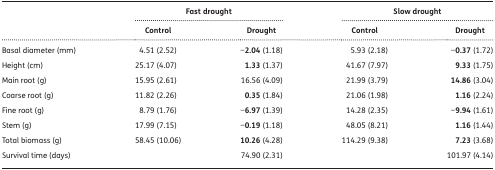
<table><thead><tr><td rowspan="2"></td><td colspan="2"><b>Fast drought</b></td><td colspan="2"><b>Slow drought</b></td></tr><tr><td><b>Control</b></td><td><b>Drought</b></td><td><b>Control</b></td><td><b>Drought</b></td></tr></thead><tbody><tr><td>Basal diameter (mm)</td><td>4.51 (2.52)</td><td>−<b>2.04</b> (1.18)</td><td>5.93 (2.18)</td><td>−<b>0.37</b> (1.72)</td></tr><tr><td>Height (cm)</td><td>25.17 (4.07)</td><td><b>1.33</b> (1.37)</td><td>41.67 (7.97)</td><td><b>9.33</b> (1.75)</td></tr><tr><td>Main root (g)</td><td>15.95 (2.61)</td><td>16.56 (4.09)</td><td>21.99 (3.79)</td><td><b>14.86</b> (3.04)</td></tr><tr><td>Coarse root (g)</td><td>11.82 (2.26)</td><td><b>0.35</b> (1.84)</td><td>21.06 (1.98)</td><td><b>1.16</b> (2.24)</td></tr><tr><td>Fine root (g)</td><td>8.79 (1.76)</td><td>−<b>6.97</b> (1.39)</td><td>14.28 (2.35)</td><td>−<b>9.94</b> (1.61)</td></tr><tr><td>Stem (g)</td><td>17.99 (7.15)</td><td>−<b>0.19</b> (1.18)</td><td>48.05 (8.21)</td><td><b>1.16</b> (1.44)</td></tr><tr><td>Total biomass (g)</td><td>58.45 (10.06)</td><td><b>10.26</b> (4.28)</td><td>114.29 (9.38)</td><td><b>7.23</b> (3.68)</td></tr><tr><td>Survival time (days)</td><td></td><td>74.90 (2.31)</td><td></td><td>101.97 (4.14)</td></tr></tbody></table>